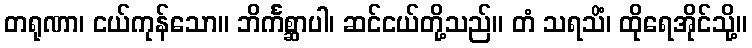
တရုဏာ၊ ငယ်ကုန်သော။ ဘိင်္ကစ္ဆာပါ၊ ဆင်ငယ်တို့သည်။ တံ သရသိံ၊ ထိုရေအိုင်သို့။